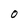
Character: O